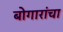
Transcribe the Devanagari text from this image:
बोगारांचा